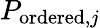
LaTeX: P_{\mathrm{ordered},j}